Rae_vallavalitsus, lk 70
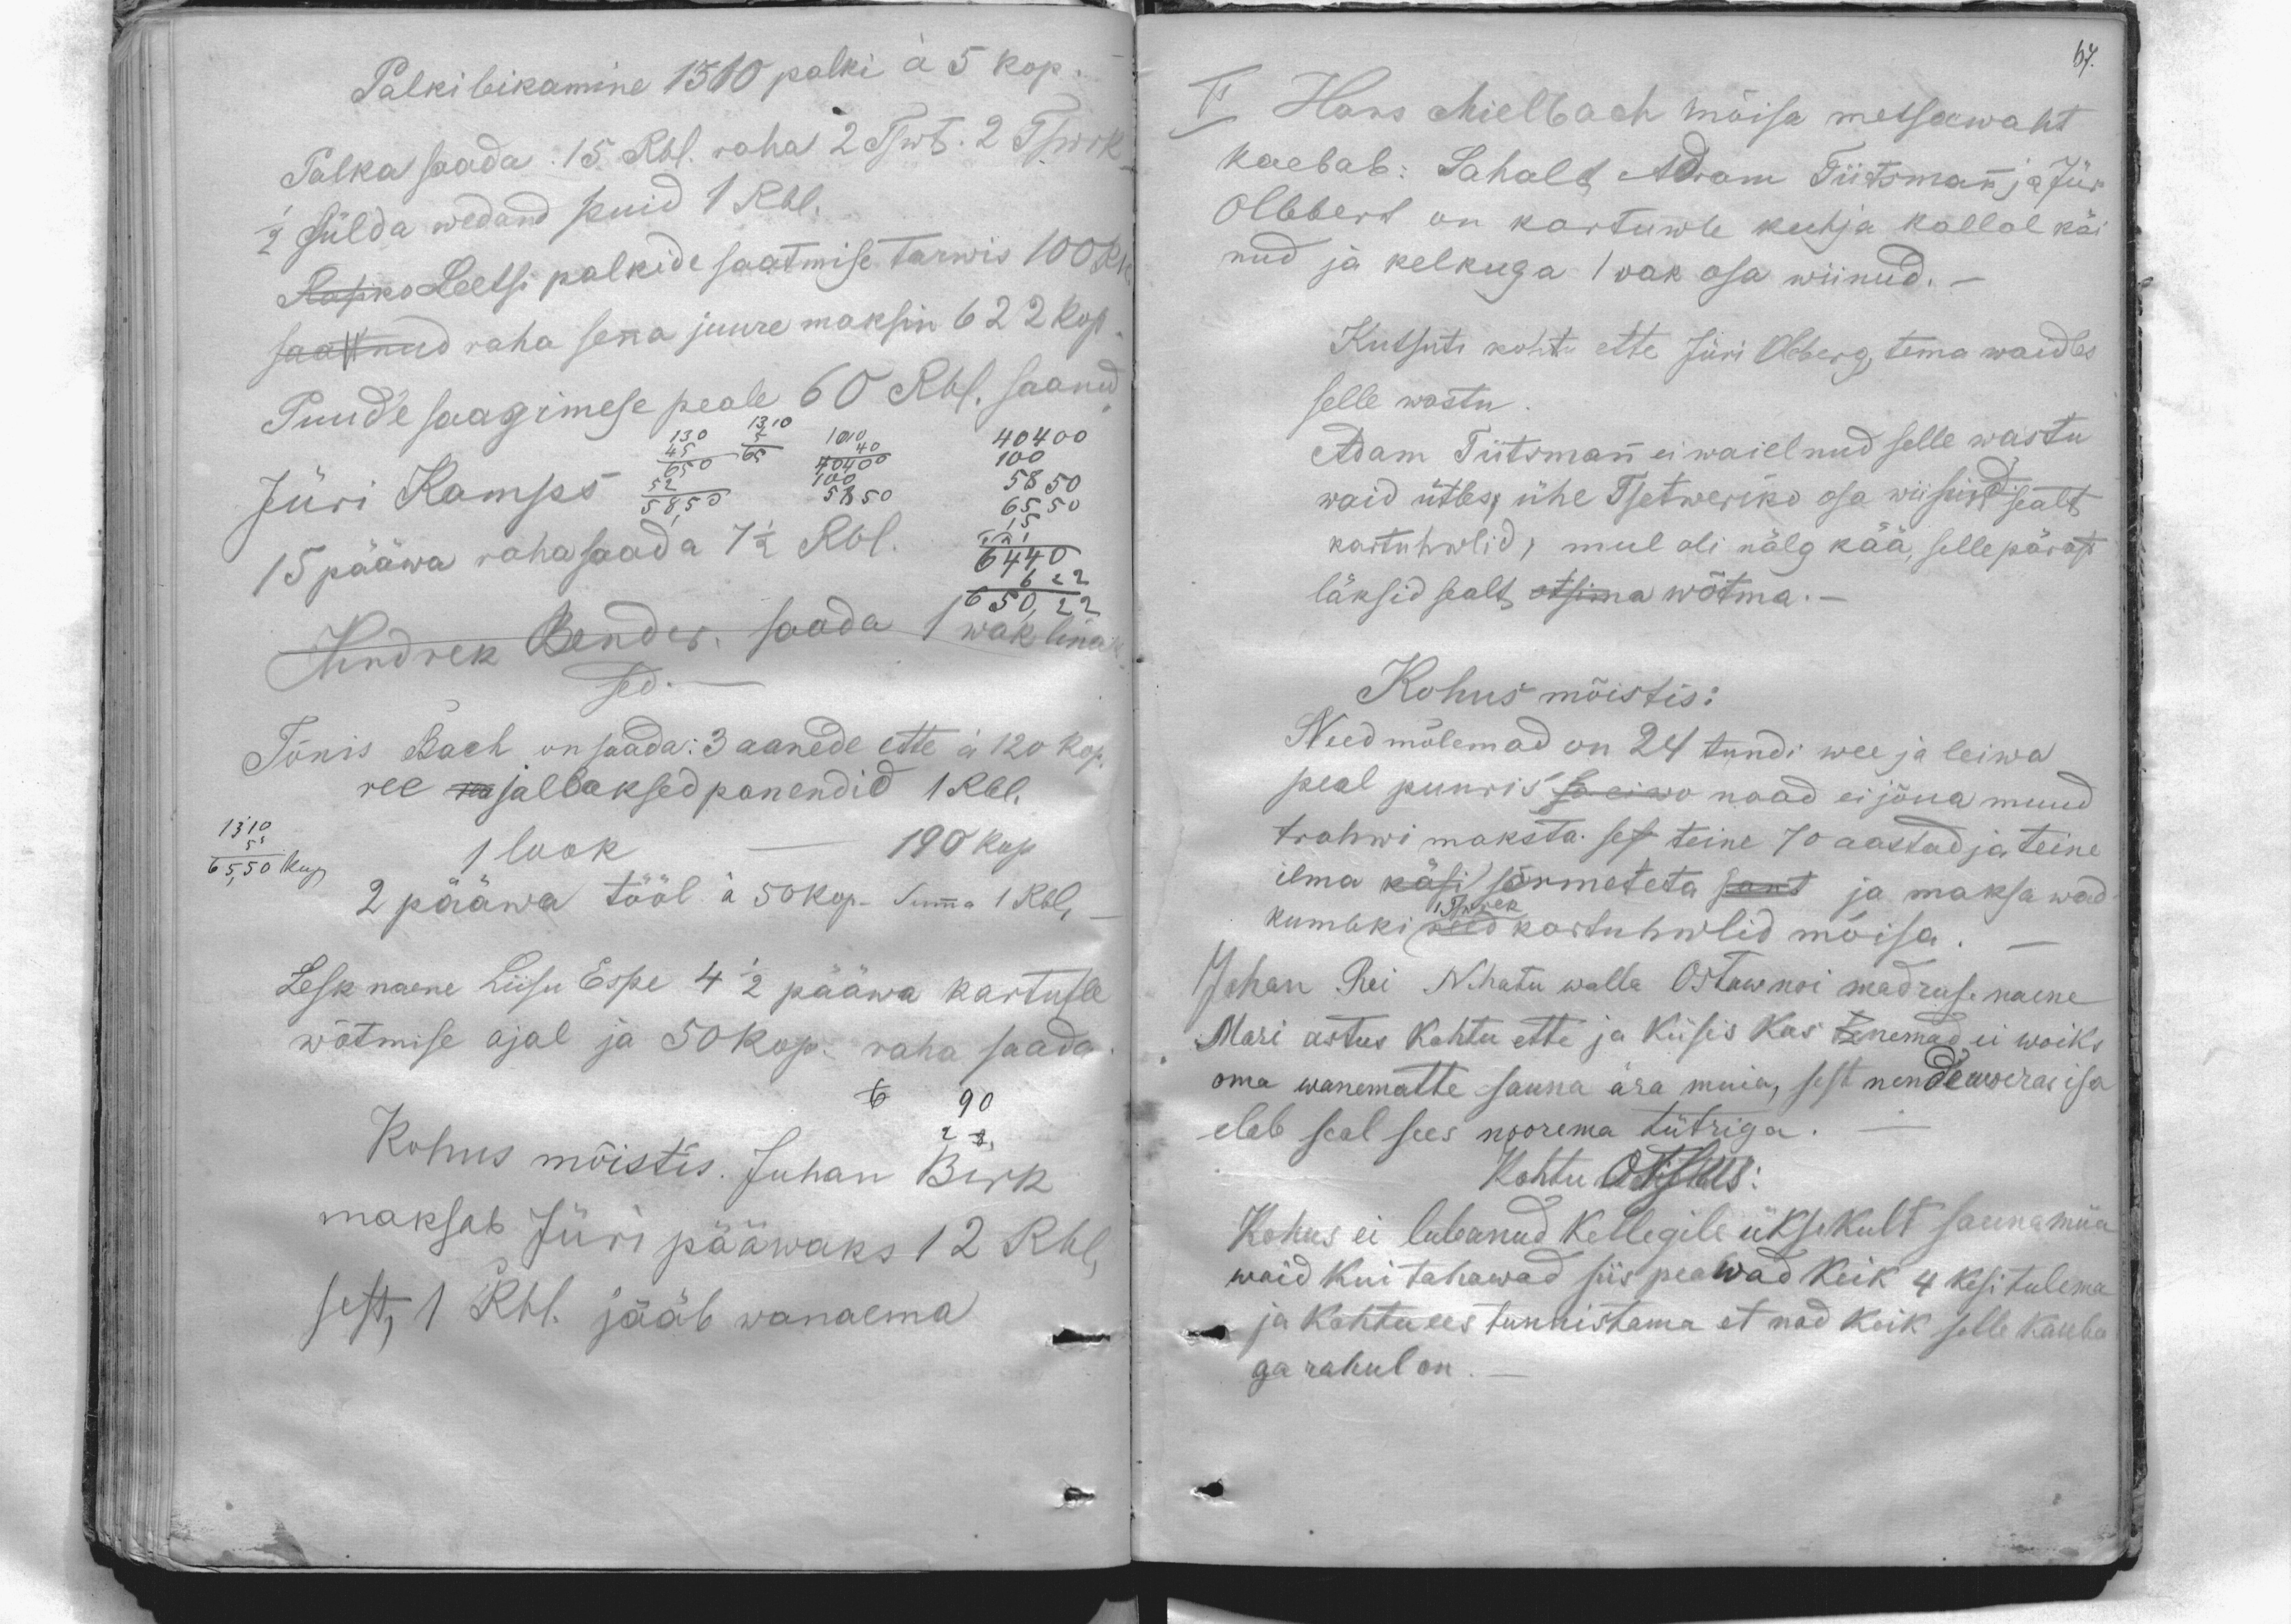
67.

Palki leikamine 1310 palki à 5 kop.
Palka saada: 15 Rbl. raha 2 Tswt. 2 Tswrk
1/2 sülda wedand puid 1 Rbl.
Ropko Leetsi palkide saatmise tarwis 100 Rbl.
saatnud raha senna juure maksin 622 kop.
Puude saagimese peale 60 Rbl. saand
Jüri Kamps
15 pääwa raha saada 7 1/2 Rbl.
Hindrek Bender. saada 1 wak linak-
sed. -
Tõnis Bach on saada: 3 aanede ette  à 120 kop.
ree ma jallaksed panendid 1 Rbl.
1 look
190 kop
2 pääwa tööl à 50 kop. Summa 1 Rbl,
Lesk naene Liisu Espe 4 1/2 pääwa kartufle
wõtmise ajal ja 50 kop. raha saada
Kohus mõistis. Juhan Birk
maksab Jüri pääwaks 12 Rbl,
sest, 1 Rbl. jääb wanaema

II Hans Mielbach mõisa metsawaht
kaebab: Sahalt Adam Tiitsmann ja Jüri
Ollebert on kartuwle kuhja kallal käi
nud ja kelkuga 1 wak osa wiinud. -
Kutsuti kohtu ette Jüri Oleberg, tema waidles
selle wastu
Adam Tiitsmann ei waielnud selle wastu
waid ütles, ühe Tsetweriko osa wiisin sealt
kartuhwlid, mul oli nälg kää, selle pärast
läksid sealt otsima wõtma. -
Kohus mõistis:
Need mõlemad on 24 tundi wee ja leiwa
peal puuris ja ei wo naad ei jõua muud
trahwi maksta. sest teine 70 aastad ja teine
ilma käsi sõrmeteta sant ja maksa wad
1 Tswrek
kumbki need kartuhwlid mõisa
Johan Rei Nehatu walla Ostawnoi madruse naene
Mari astus kohtu ette ja küsis kas te nemad ei woiks
oma wanematte sauna ara muia, sest nende woerasisa
elab seal sees noorema tütriga
Kohtu otsus:
Kohus ei lubanud kellegile üksikult sauna müa
waid kui tahawad siis peawad keik 4 kesi tulema
ja kohtu ees tunnistama et nad keik selle kauba
ga rahul on